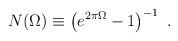
LaTeX: \begin{align*}N(\Omega)\equiv\left(e^{2\pi\Omega}-1\right)^{-1}\ .\end{align*}